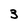
Character: 3